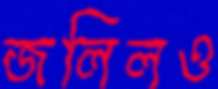
জলিলও